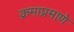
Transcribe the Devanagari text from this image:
क्रमाप्रमाणे